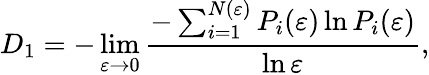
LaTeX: D_{1}=-\operatorname*{lim}_{\varepsilon\to 0}\frac{-\sum_{i=1}^{N(\varepsilon)}P_{i}(\varepsilon)\ln{P_{i}(\varepsilon)}}{\ln{\varepsilon}},